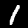
Label: 1